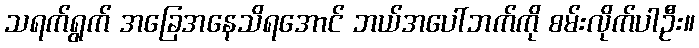
သရက်ရွက် အခြေအနေသိရအောင် ဘယ်အပေါ်ဘက်ကို စမ်းလိုက်ပါဦး။